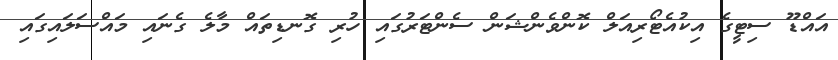
އައްޑޫ ސިޓީގެ އިކުއެޓޯރިއަލް ކޮންވެންޝަން ސެންޓަރުގައި ހުރި ގޮނޑިތައް މާލެ ގެނައި މައްސަލައިގައި